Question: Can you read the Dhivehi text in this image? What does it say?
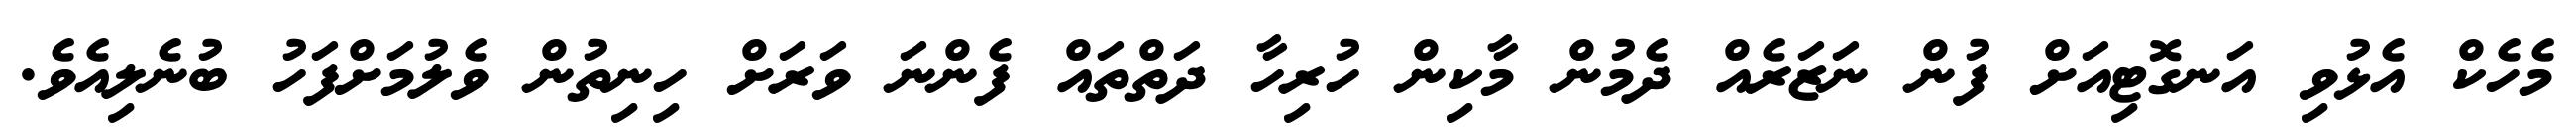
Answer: މެހެކް އެޅުވި އަނގޮޓިއަށް ފުން ނަޒަރެއް ދެމުން މާކިން ހުރިހާ ދަތްތައް ފެންނަ ވަރަށް ހިނިތުން ވެލުމަށްފަހު ބުނެލިއެވެ.